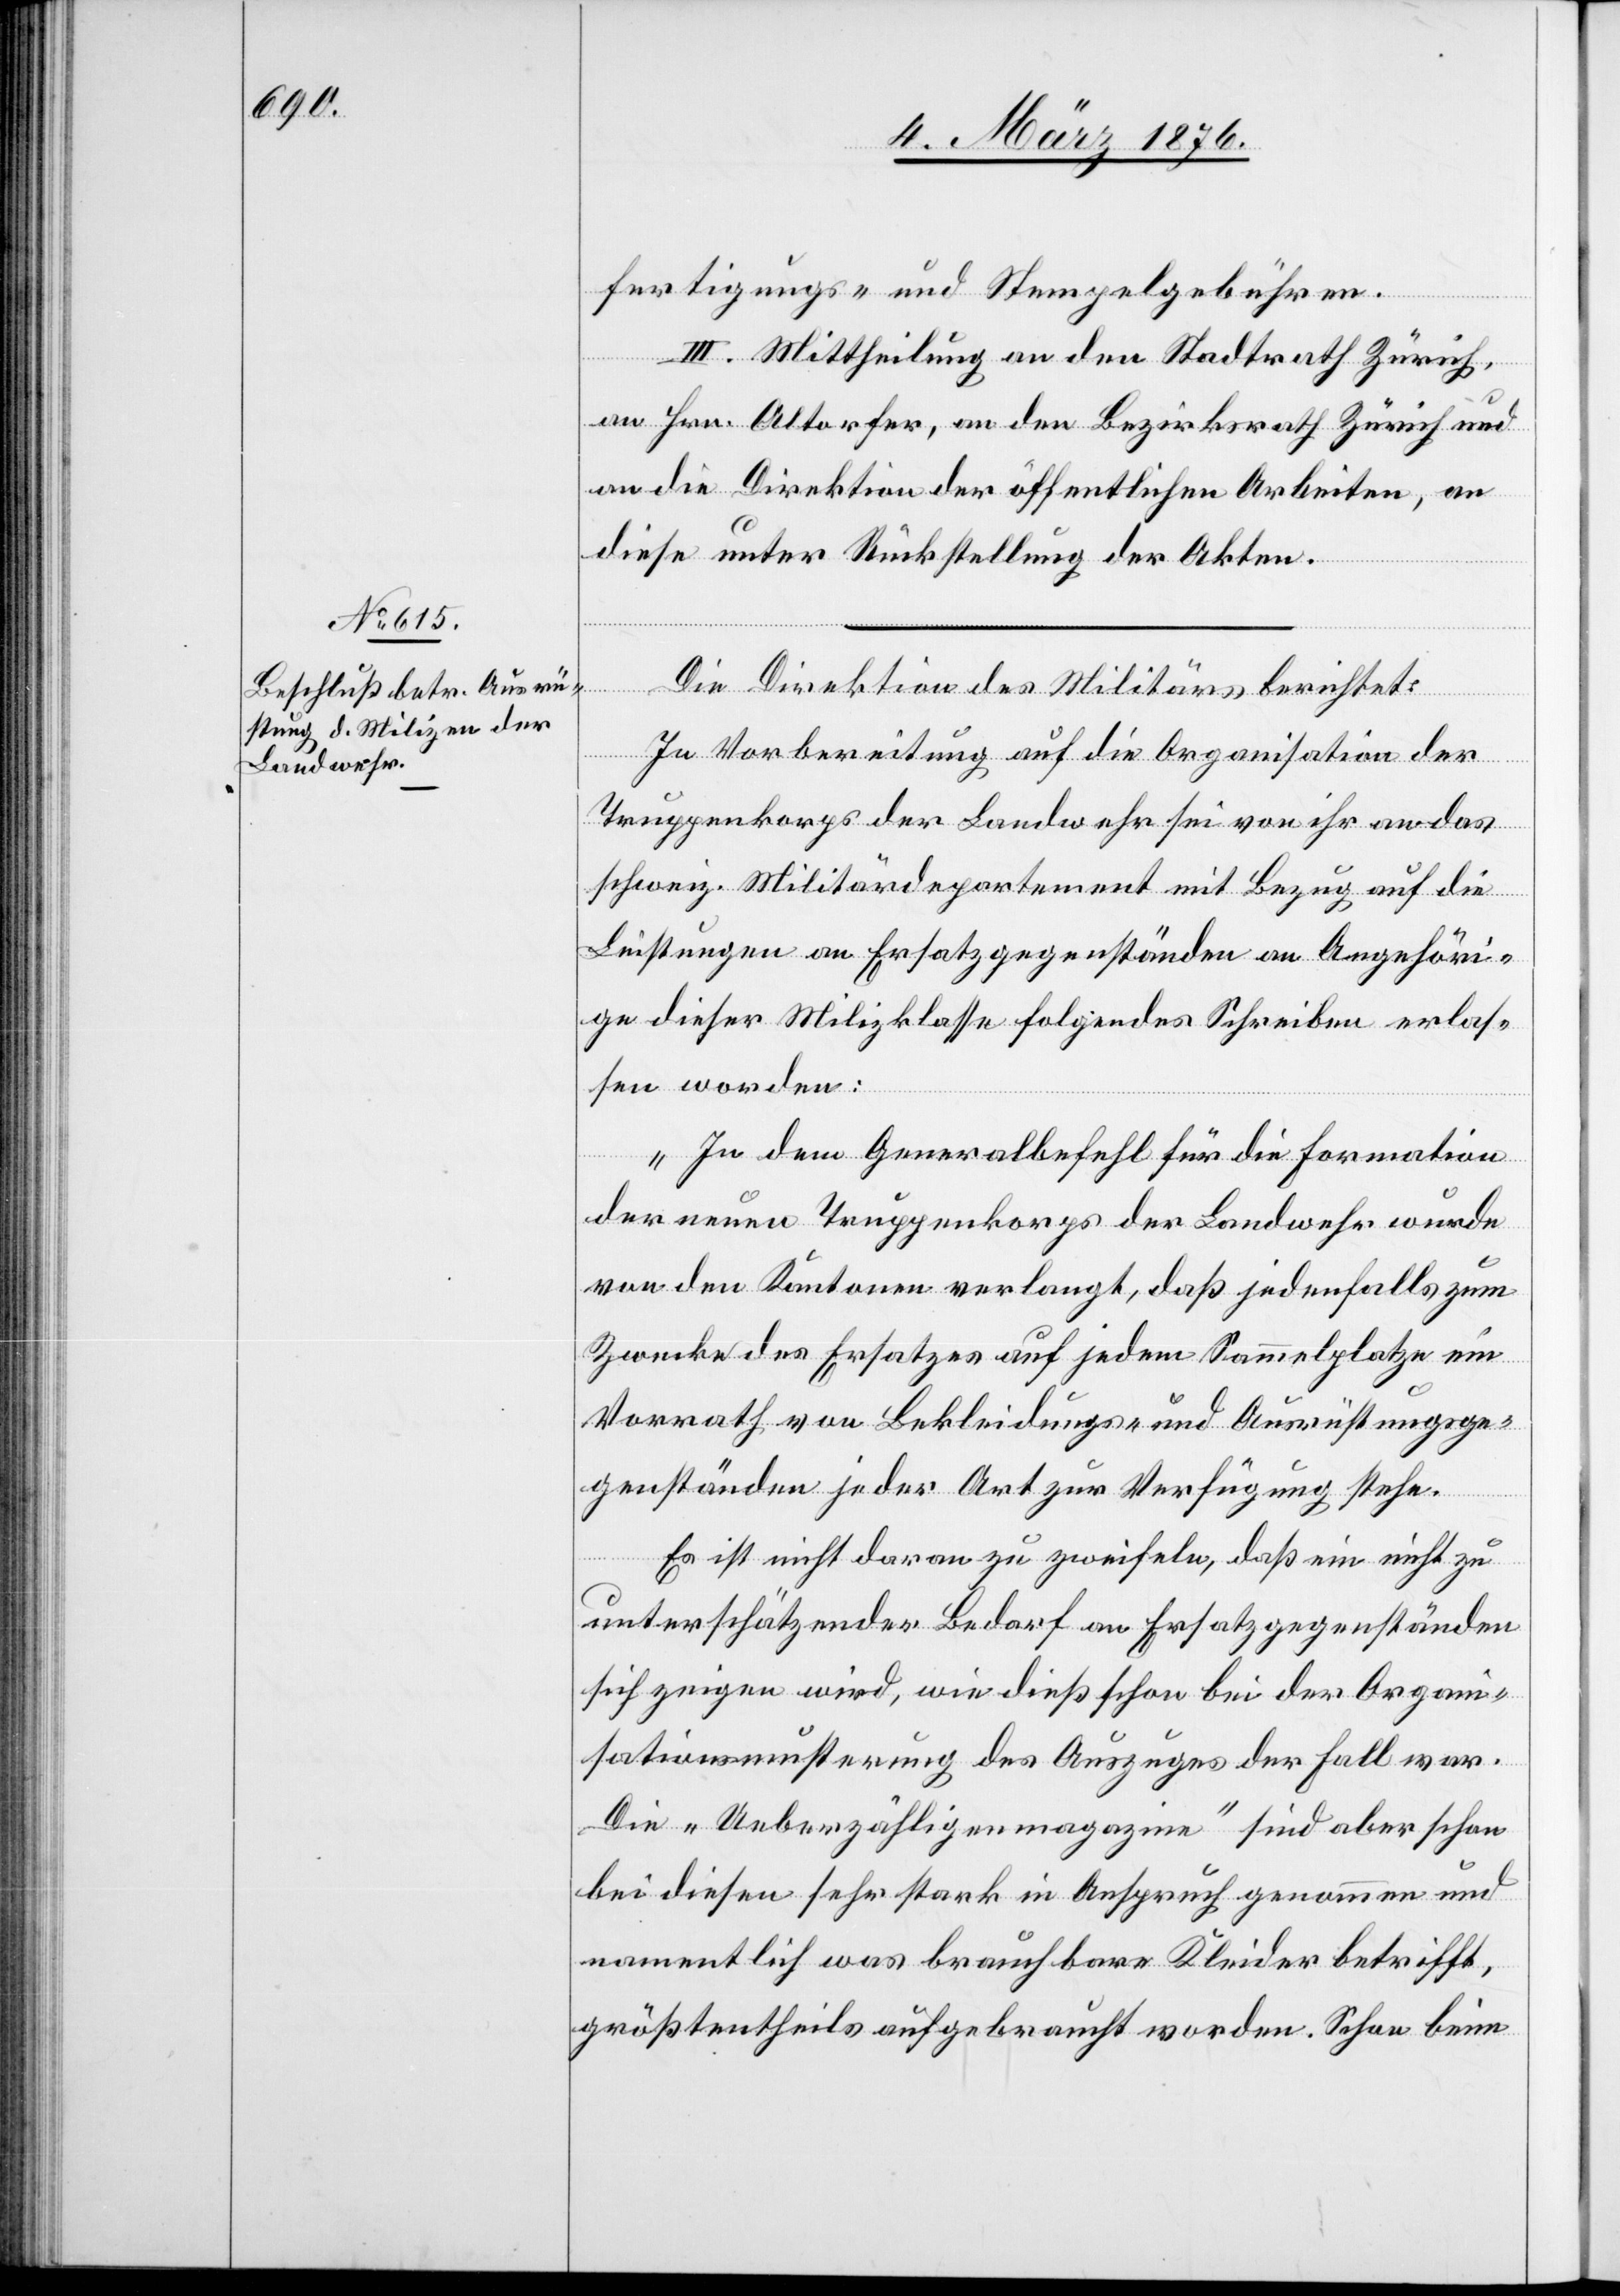
fertigungs- und Stempelgebühren.
III. Mittheilung an den Stadtrath Zürich,
an Hrn. Altorfer, an den Bezirksrath Zürich und
an die Direktion der öffentlichen Arbeiten, an
diese unter Rückstellung der Akten.
Die Direktion des Militärs berichtet:
In Vorbereitung auf die Organisation der
Truppenkorps der Landwehr sei von ihr an das
schweiz. Militärdepartement mit Bezug auf die
Leistungen an Ersatzgegenständen an Angehöri¬
ge dieser Milizklasse folgendes Schreiben erlas¬
sen worden:
„In dem Generalbefehl für die Formation
der neuen Truppenkorps der Landwehr wurde
von den Kantonen verlangt, das jedenfalls zum
Zwecke des Ersatzes auf jedem Sammelplatze ein
Vorrath von Bekleidungen und Ausrüstungsge¬
genständen jeder Art zur Verfügung stehe.
Es ist nicht daran zu zweifeln, daß ein nicht zu
unterschätzender Bedarf an Ersatzgegenständen
sich zeigen wird, wie dieß schon bei der Organi¬
sationsmusterung des Auszuges der Fall war.
Die „Ueberzähligenmagazine“ sind aber schon
bei diesen sehr stark in Anspruch genommen und
namentlich was brauchbare Kleider betrifft,
größtentheils aufgebraucht worden. Schon beim